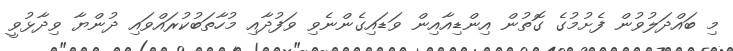
މި ބައްދަލުވުން ފެށުމުގެ ގޮތުން އިންޑިއާއިން ވަޑައިގެންނެވި ވަފުދާއި މުހާތަބުކުރައްވައި ދުންޔާ ވިދާޅުވީ